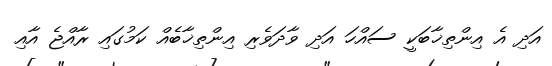
އަދި އެ އިންތިޚާބަކީ ސައްހަ އަދި ވާދަވެރި އިންތިޚާބެއް ކަމުގައި ރާއްޖެ އާއި